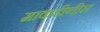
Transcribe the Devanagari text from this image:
माकडीणीस